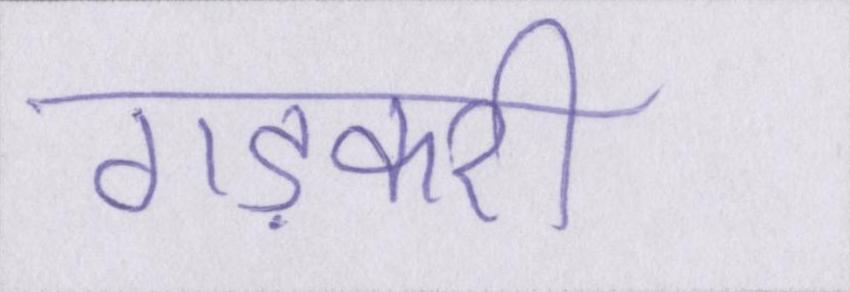
गड़करी